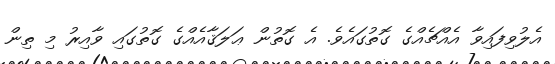
އެލުވިފައިވާ އެއްޗެއްގެ ގޮތުގައެވެ. އެ ގޮތުން ޢަލަޤާއެއްގެ ގޮތުގައި ވާއިރު މި ތިން